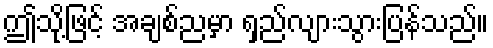
ဤသို့ဖြင့် အချစ်ညမှာ ရှည်လျားသွားပြန်သည်။